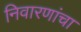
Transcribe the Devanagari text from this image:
निवारणांचा